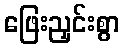
ဖြေးညှင်းစွာ